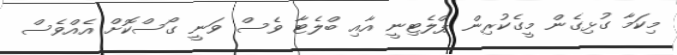
މިކަމާ ގުޅިގެން މީގެކުރިން ޕްލެޓިނީ އާއި ބްލެޓާ ވެސް ވަނީ ގޯސްކޮށް އެއްވެސް